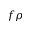
f \rho